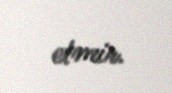
etmir.